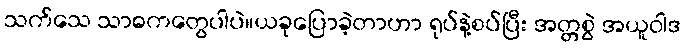
သက်သေ သာဓကတွေပါပဲ။ယခုပြောခဲ့တာဟာ ရုပ်နဲ့စပ်ပြီး အတ္တစွဲ အယူဝါဒ